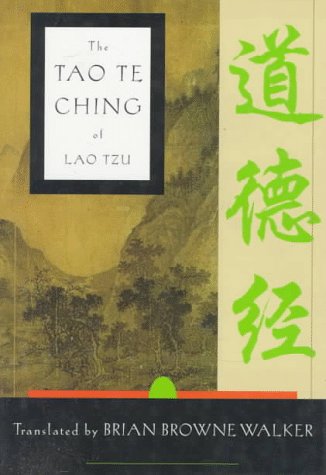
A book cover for The Tao Te Ching of Lao Tzu: A New Translation; Lao Tzu; Religion & Spirituality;